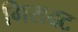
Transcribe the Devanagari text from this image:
गिरादट